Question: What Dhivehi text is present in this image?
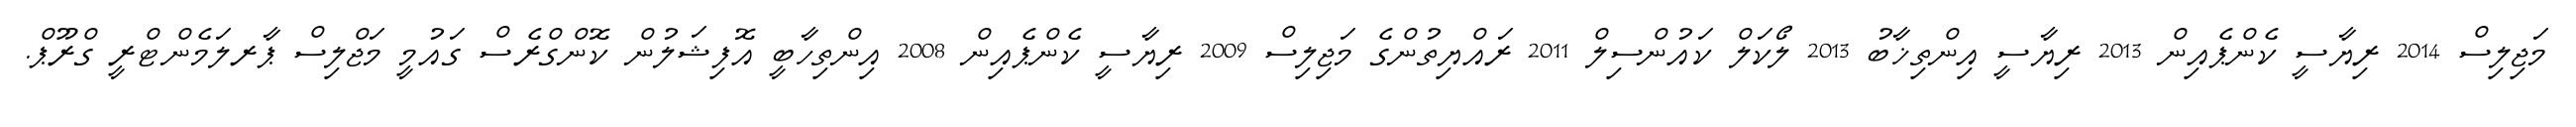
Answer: މަޖިލިސް 2014 ރިޔާސީ ކެންޕެއިން 2013 ރިޔާސީ އިންތިޚާބު 2013 ލޯކަލް ކައުންސިލް 2011 ރައްޔިތުންގެ މަޖިލިސް 2009 ރިޔާސީ ކެންޕެއިން 2008 އިންތިހާބީ އޮފިޝަލުން ކޮންގްރެސް ގައުމީ މަޖްލިސް ޕާރލަމެންޓްރީ ގްރޫޕް.